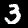
Label: 3